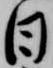
日